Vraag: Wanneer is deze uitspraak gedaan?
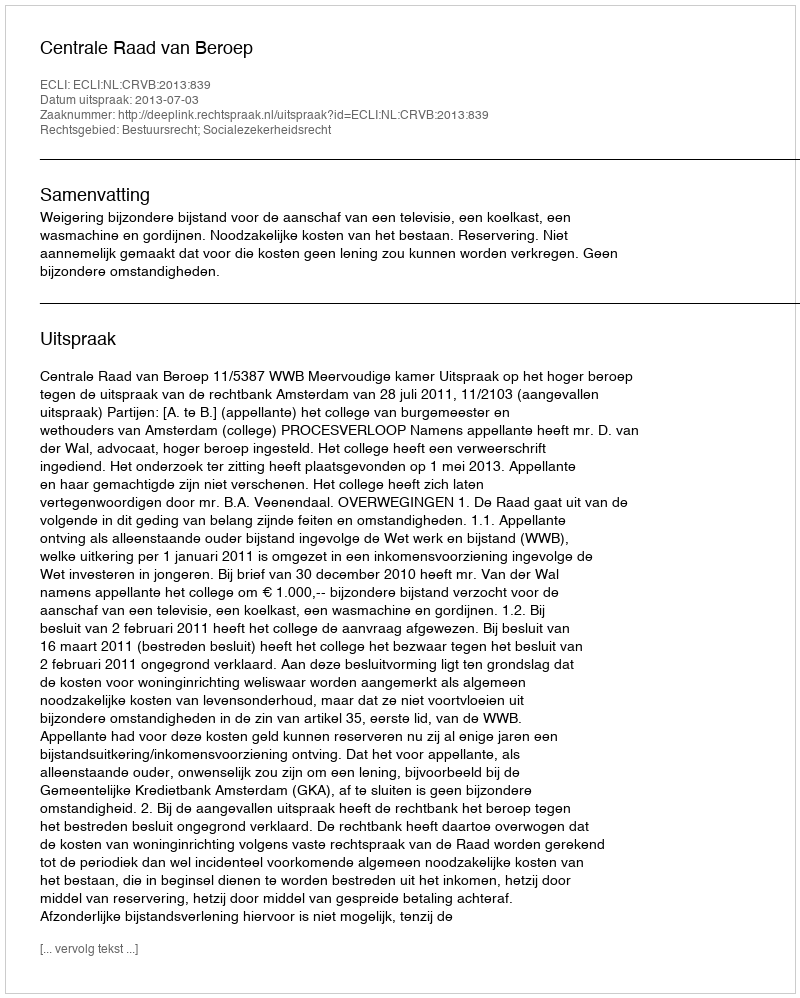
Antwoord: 2013-07-03